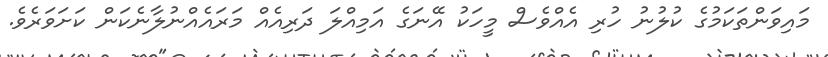
މައިވަންތަކަމުގެ ކުލުނު ހުރި އެއްވެސް މީހަކު އޭނަގެ އަމިއްލަ ދަރިއެއް މަރައެއްނުލާނެކަން ކަށަވަރެވެ.